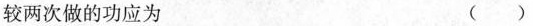
较两次做的功应为 （）